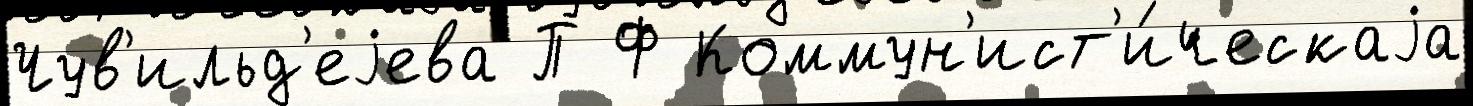
Чув'ильд'еjева П Ф Коммун'ист'и́ческаjа